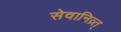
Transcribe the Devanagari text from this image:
सेवानिव्र्त्